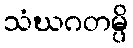
သံဃဂတမ္ပိ